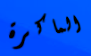
الماكرة